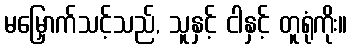
မမြှောက်သင့်သည်, သူနှင့် ငါနှင့် တူရုံကိုး။